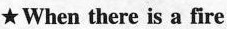
★When there is a fire